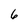
Character: 6